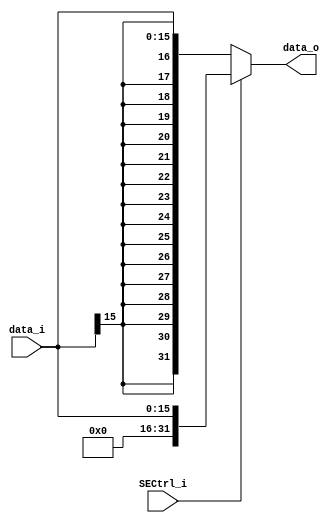
//Subject:     CO project 2 - Sign extend
//--------------------------------------------------------------------------------
//Version:     1
//--------------------------------------------------------------------------------
//Writer:      0416038 _0416326 t 
//----------------------------------------------
//Date:        
//----------------------------------------------
//Description: 
//--------------------------------------------------------------------------------

module Sign_Extend(
    data_i,
	 SECtrl_i,
    data_o
    );
               
//I/O ports
input   [16-1:0] data_i;
input            SECtrl_i;
output  [32-1:0] data_o;

//Internal Signals
reg     [32-1:0] data_o;

//Sign extended
always@(*)begin
	if (SECtrl_i)
		data_o <= {16'd0, data_i};
	else
		data_o <= {{16{data_i[15]}}, data_i};
end
endmodule